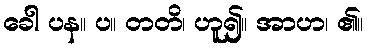
ခေါ ပန။ ပ။ တတိ၊ ဟူ၍။ အာဟ၊ ၏။